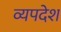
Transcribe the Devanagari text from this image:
व्यपदेश